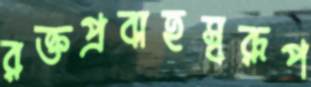
রক্তপ্রবাহস্বরূপ